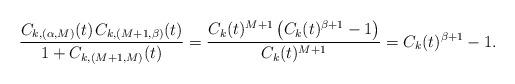
LaTeX: \begin{align*}\frac{C_{k,(\alpha,M)}(t) \kern+1pt C_{k,(M+1,\beta)}(t)}{1+C_{k,(M+1,M)}(t)} = \frac{C_k(t)^{M+1} \left( C_k(t)^{\beta+1} - 1 \right)}{C_k(t)^{M+1}} = C_k(t)^{\beta+1} - 1.\end{align*}